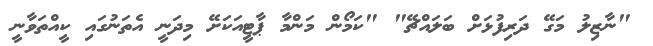
"ނާޒިލު މަގޭ ދަރިފުޅަށް ބަލައްޗޭ" "ކަމޯން މަންމާ ޕާޓީއަކަށޭ މިދަނީ އެތަނުގައި ކީއްތަވާނީ